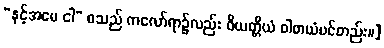
“နင့်အမေ ငါ” စသည် ကလော်ရာ၌လည်း ဝိယတ္တိယံ ဝါစာယံပင်တည်း။]